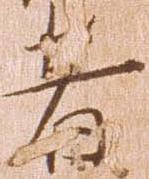
者